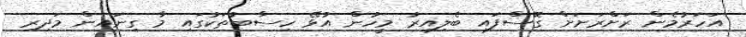
އަހަރުމެން ރަށްރަށަށް ގޮސްފައި ބެލިއިރު މީހުން އުޅޭ ހިސާބުތަކުގައި މާ ގިނައިން މަދިރި